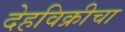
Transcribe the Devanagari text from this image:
देहविक्रीचा